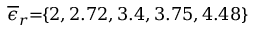
\! \! \! \! \! \! \! \! \! \! \! \! \! \! \! \! \! \! \! \! \! \! \! \overline { { \epsilon } } _ { r } \! \! = \! \! \{ 2 , 2 . 7 2 , 3 . 4 , 3 . 7 5 , 4 . 4 8 \} \! \! \!